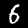
Digit: 6